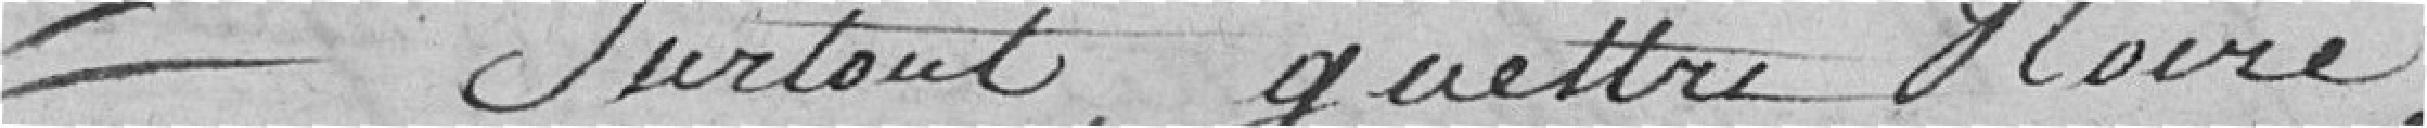
surtout guêtre noire,